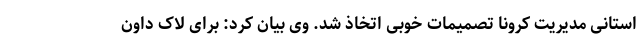
استانی مدیریت کرونا تصمیمات خوبی اتخاذ شد. وی بیان کرد: برای لاک داون